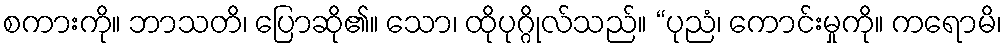
စကားကို။ ဘာသတိ၊ ပြောဆို၏။ သော၊ ထိုပုဂ္ဂိုလ်သည်။ “ပုညံ၊ ကောင်းမှုကို။ ကရောမိ၊